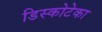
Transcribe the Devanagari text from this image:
डिस्कोटेका